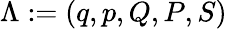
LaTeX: \Lambda:=(q,p,Q,P,S)